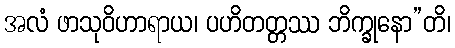
အလံ ဖာသုဝိဟာရာယ၊ ပဟိတတ္တဿ ဘိက္ခုနော”တိ၊